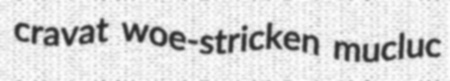
cravat woe-stricken mucluc